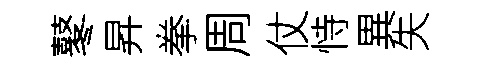
鼕昇拳周仗恃異失